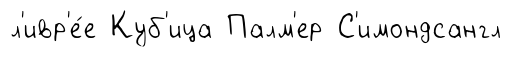
л'ивр'е́е Куб'ица Палм'ер С'имондсангл